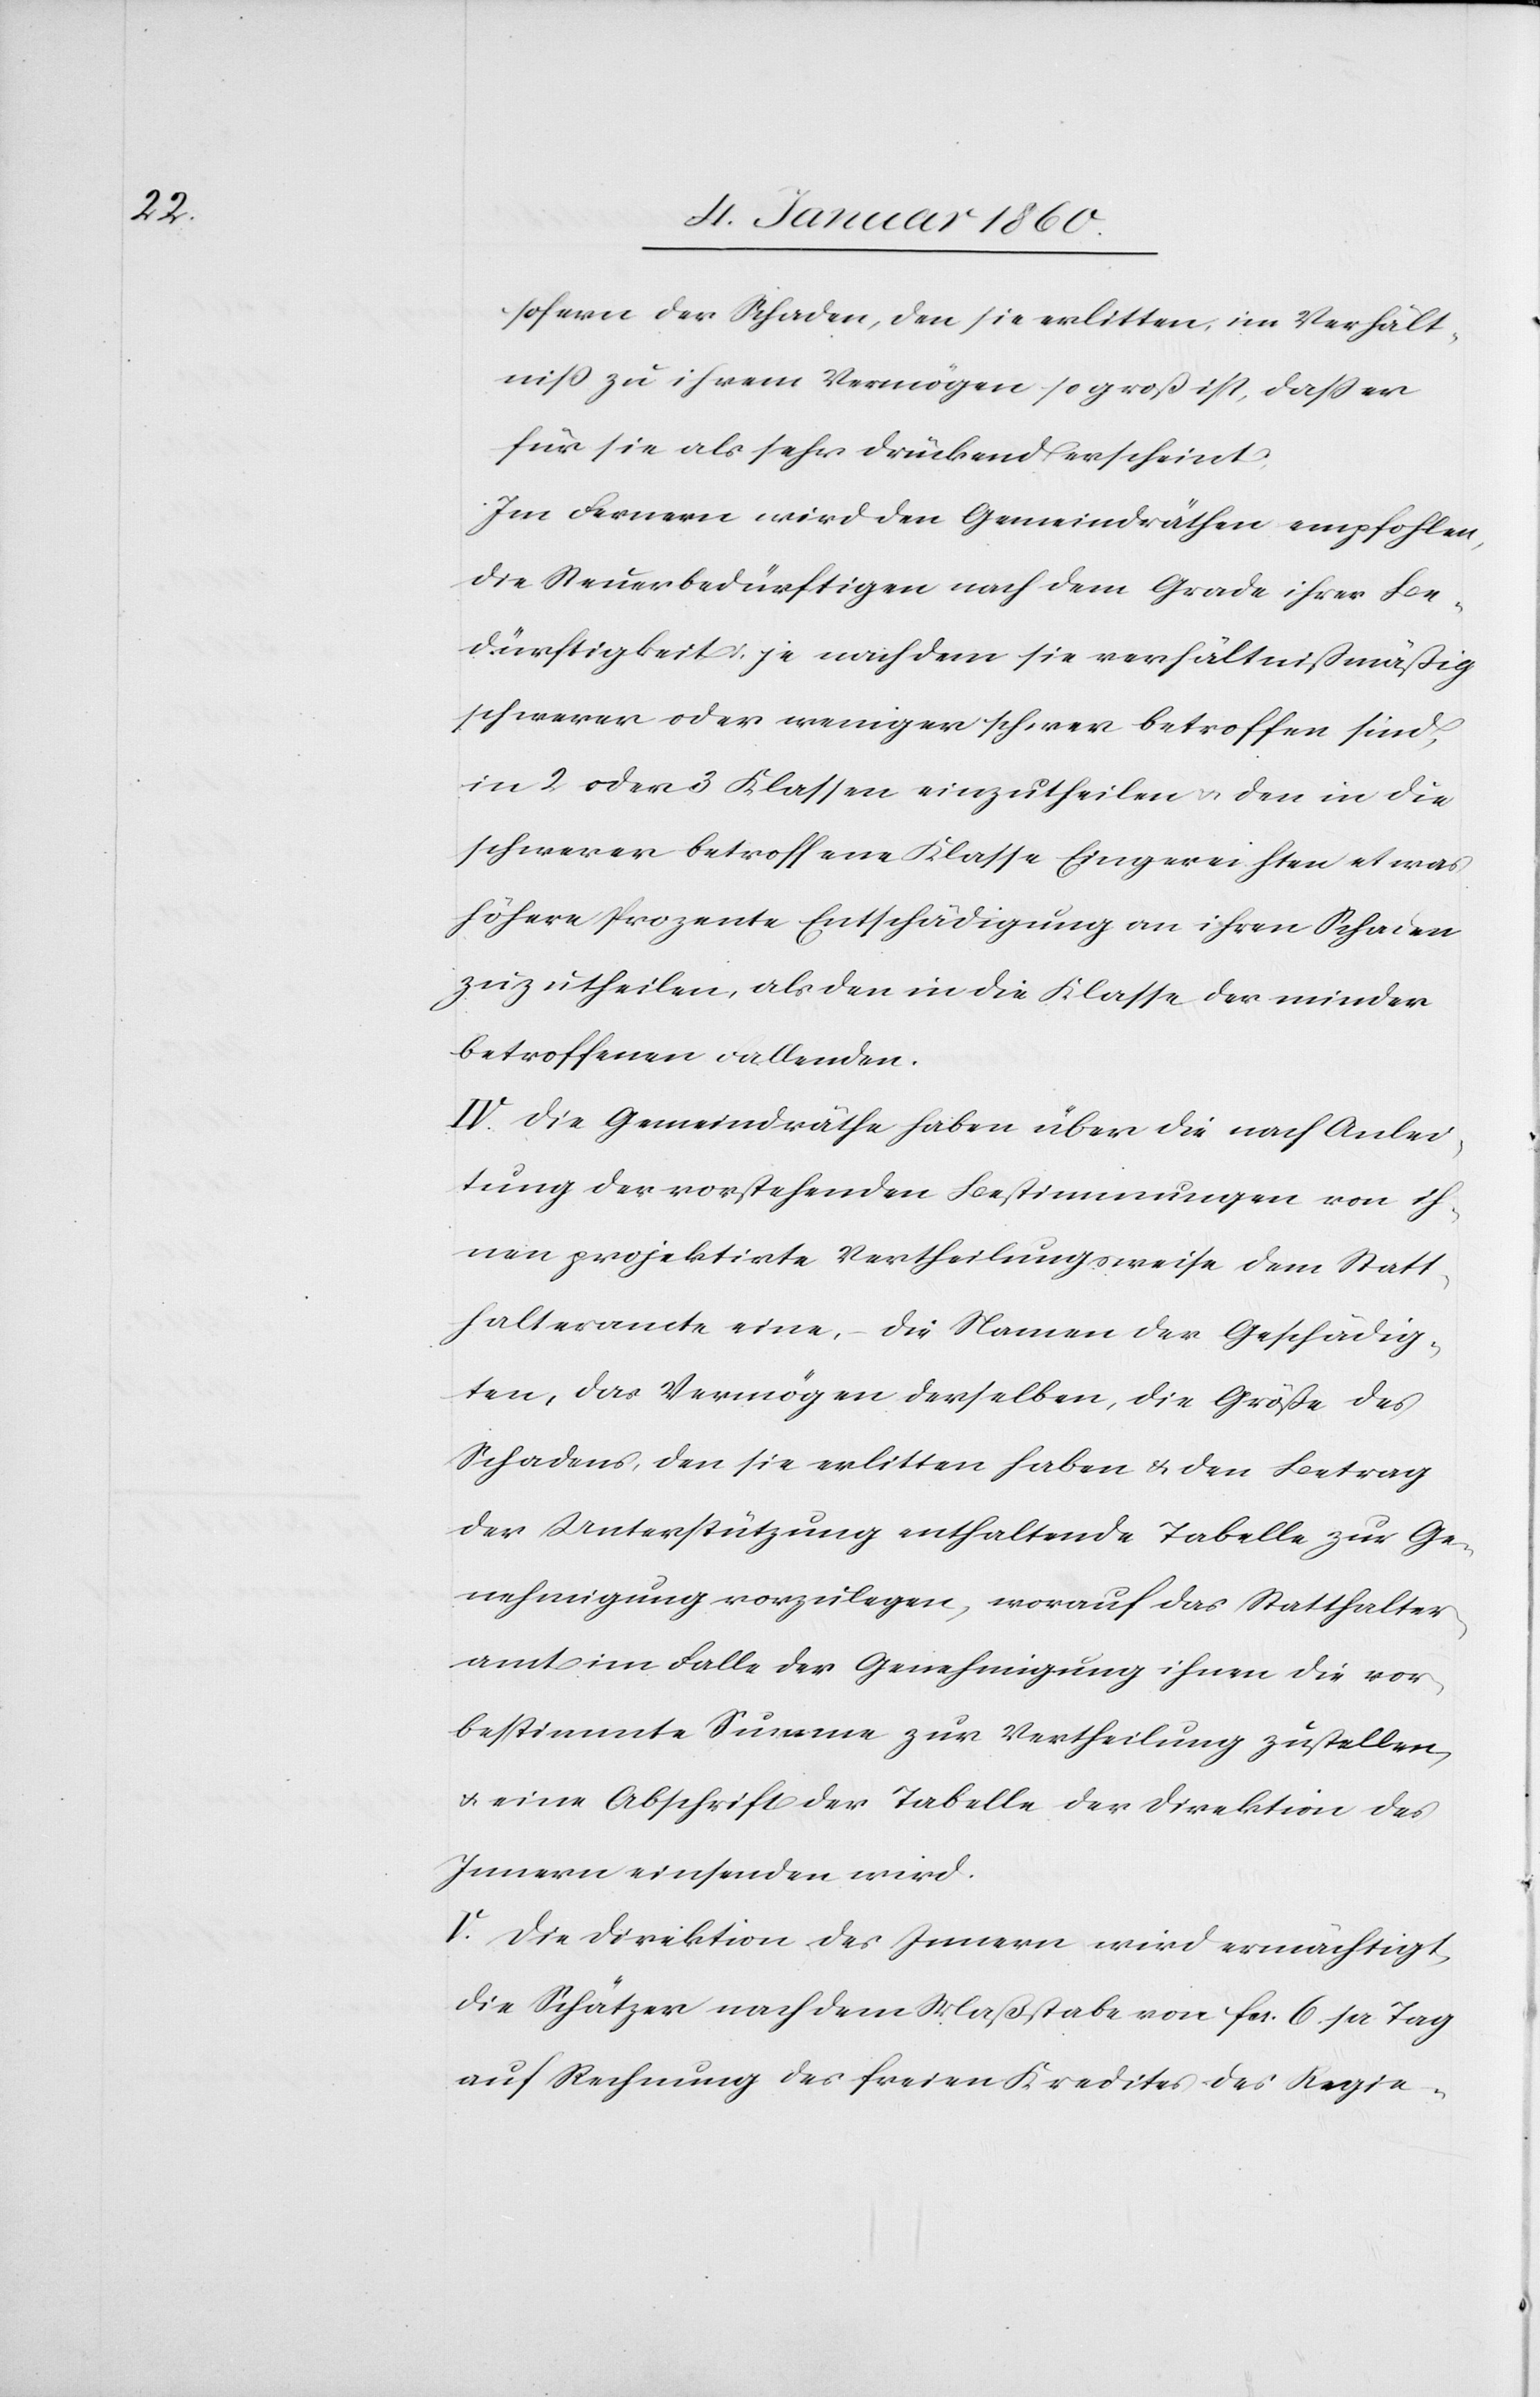
sofern der Schaden, den sie erlitten, im Verhält¬
niß zu ihrem Vermögen so groß, daß er
für sie als sehr drückend erscheint.
Im Fernern wird den Gemeindräthen empfohlen,
die Steuerbedürftigen nach dem Grade ihrer Be¬
dürftigkeit, je nach dem sie verhältnissmäßig
schwerer oder weniger schwer betroffen sind,
in 2 oder 2 Klassen einzutheilen, den in die
schwerer betroffene Klasse Eingereihten etwas
höhere Prozente Entschädigung an ihren Schaden
zuzutheilen, als den in die Klasse der minder
betroffenen vallenden
IV. Die Gemeindräthe haben über die nach Anlei¬
tung der vorstehenden Bestimmungen von ih¬
nen projektirte Vertheilungsweise dem Statt¬
halteramte eine, – die Namen der Geschädig¬
ten, das Vermögen derselben, die Größe des
Schadens, den sie erlitten haben u. den Betrag
der Unterstützung enthaltende Tabelle zur Ge¬
nehmigung vorzulegen, worauf das Statthalter¬
amt im Falle der Genehmigung ihnen die vor¬
bestimmte Summe zur Vertheilung zustellen
u. eine Abschrift der Tabelle der Direktion des
Innern einsenden wird.
V. Die Direktion des Innern wird ermächtigt,
die Schätzer nach dem Maßstabe von fcs. 6. per Tag
auf Rechnung des freien Kredites des Regie-